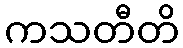
ကသတီတိ